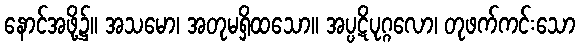
နောင်အဖို့၌။ အသမော၊ အတုမရှိထသော။ အပ္ပဋိပုဂ္ဂလော၊ တုဖက်ကင်းသော